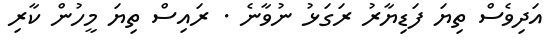
އަދިވެސް ތިޔަ ފަޑިޔާރު ރަގަޅު ނުވާނެ . ރައިސް ތިޔަ މީހުން ކާރި